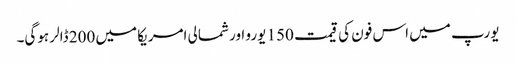
یورپ میں اس فون کی قیمت 150 یورو اور شمالی امریکا میں 200 ڈالر ہوگی۔